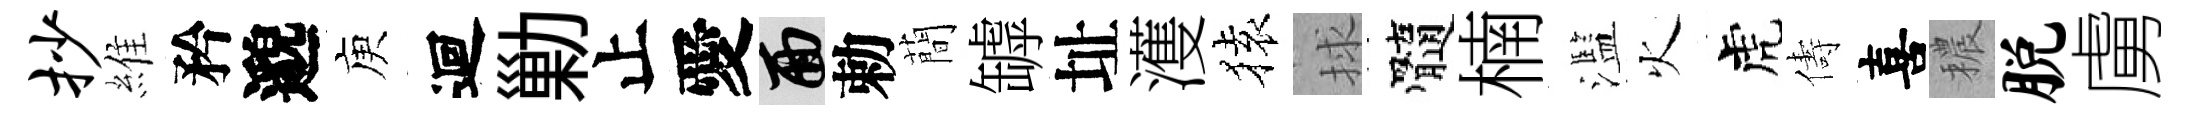
抄維矜邈庾迴勦止愛面勅蕳罅址濩𫞤捄髓楠濫火虎儔喜穠脱虜